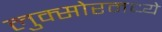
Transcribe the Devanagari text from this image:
लुक्सोरमध्ये